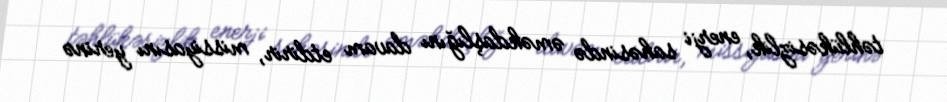
təhlükəsizlik, enerji sahəsində əməkdaşlığını davam etdirir, missiyasını yerinə